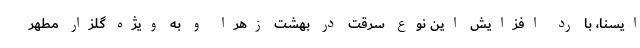
ایسنا، با رد افزایش این نوع سرقت در بهشت زهرا و به ویژه گلزار مطهر